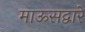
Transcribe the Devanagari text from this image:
माऊसद्वारे